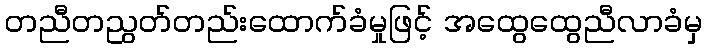
တညီတညွတ်တည်းထောက်ခံမှုဖြင့် အထွေထွေညီလာခံမှ